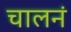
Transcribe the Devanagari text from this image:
चालनं